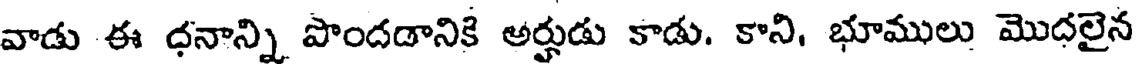
వాడు ఈ ధనాన్ని పొందడానికి అర్హుడు కాడు. కాని, భూములు మొదలైన